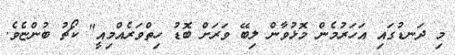
މި ދަނޑުގައި އަހަރުމެން މޮޅުވާން ލިބޭ ވަރަށް ބޮޑު ހިތްވަރެއްމިއީ" ކޯޗު ބުންޏެވެ.